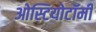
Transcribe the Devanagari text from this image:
ओस्टियोटॉमी